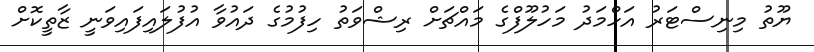
ޔޫތު މިނިސްޓަރު އަހްމަދު މަހުލޫފްގެ މައްޗަށް ރިޝްވަތު ހިފުމުގެ ދައުވާ އުފުލައިފައިވަނީ ޒާތީކޮށް